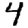
Digit: 4